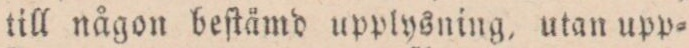
till någon beſtämd upplysning, utan upp=